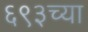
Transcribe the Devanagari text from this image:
६९३च्या